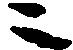
ニ